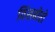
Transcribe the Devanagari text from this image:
विंसबोरो